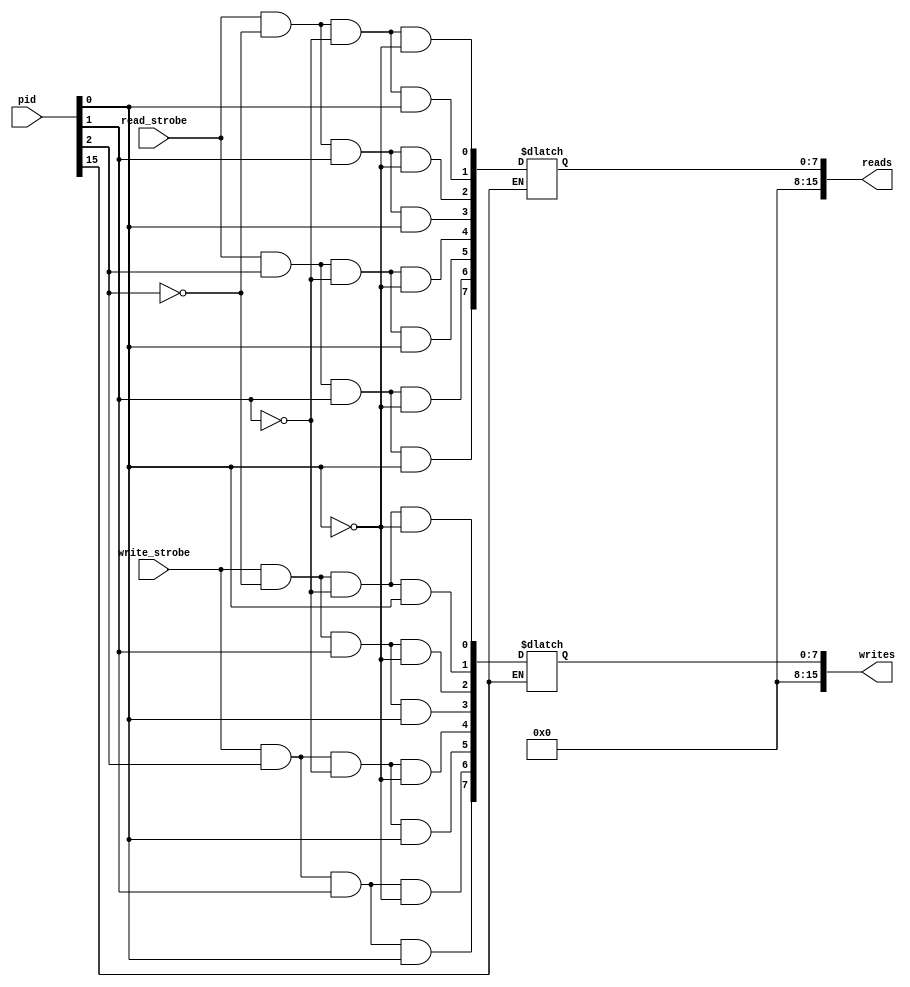
`timescale 1ns / 1ps

module addr_dec
    (
    input               write_strobe, 
                        read_strobe ,
    input      [15:0]   pid         ,
    output reg [15:0]   writes      , 
                        reads
    );
    always@(*)
    begin
        writes[15:8]  <= 8'b0;
        reads[15:8]   <= 8'b0;
        if(~pid[15])
        begin
            writes[0] <= (write_strobe & ~pid[2] & ~pid[1] & ~pid[0]);
            writes[1] <= (write_strobe & ~pid[2] & ~pid[1] &  pid[0]);
            writes[2] <= (write_strobe & ~pid[2] &  pid[1] & ~pid[0]);
            writes[3] <= (write_strobe & ~pid[2] &  pid[1] &  pid[0]); 
            writes[4] <= (write_strobe &  pid[2] & ~pid[1] & ~pid[0]);
            writes[5] <= (write_strobe &  pid[2] & ~pid[1] &  pid[0]);
            writes[6] <= (write_strobe &  pid[2] &  pid[1] & ~pid[0]);
            writes[7] <= (write_strobe &  pid[2] &  pid[1] &  pid[0]);
            
            reads[0] <= (read_strobe & ~pid[2] & ~pid[1] & ~pid[0]);
            reads[1] <= (read_strobe & ~pid[2] & ~pid[1] &  pid[0]);
            reads[2] <= (read_strobe & ~pid[2] &  pid[1] & ~pid[0]);
            reads[3] <= (read_strobe & ~pid[2] &  pid[1] &  pid[0]); 
            reads[4] <= (read_strobe &  pid[2] & ~pid[1] & ~pid[0]);
            reads[5] <= (read_strobe &  pid[2] & ~pid[1] &  pid[0]);
            reads[6] <= (read_strobe &  pid[2] &  pid[1] & ~pid[0]);
            reads[7] <= (read_strobe &  pid[2] &  pid[1] &  pid[0]);
        end
    end
endmodule